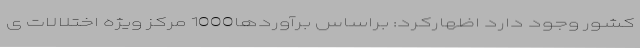
کشور وجود دارد اظهارکرد: براساس برآوردها1000 مرکز ویژه اختلالات ی